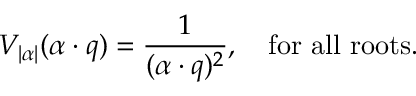
V _ { | \alpha | } ( \alpha \cdot q ) = { \frac { 1 } { ( \alpha \cdot q ) ^ { 2 } } } , \quad \mathrm { f o r ~ a l l ~ r o o t s } .